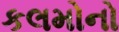
કલમોનો